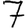
Digit: 7